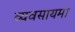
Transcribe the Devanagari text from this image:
व्यवसायमा